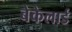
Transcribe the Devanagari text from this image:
बेकेलार्ड